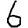
Digit: 6